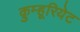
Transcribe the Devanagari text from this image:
क़ुम्हूरियेट